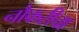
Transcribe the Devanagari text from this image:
नौकरीचा